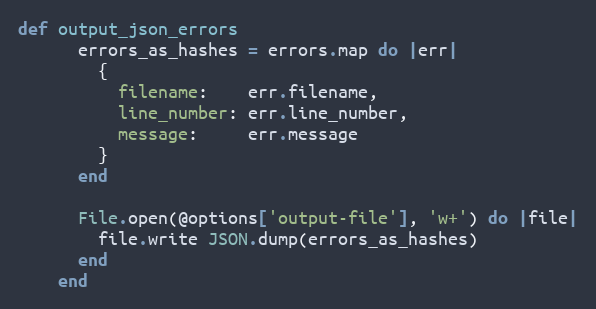
Language: Ruby
def output_json_errors
      errors_as_hashes = errors.map do |err|
        {
          filename:    err.filename,
          line_number: err.line_number,
          message:     err.message
        }
      end

      File.open(@options['output-file'], 'w+') do |file|
        file.write JSON.dump(errors_as_hashes)
      end
    end